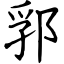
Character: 郛